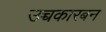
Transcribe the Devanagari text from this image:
उच्चकारबन